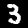
Digit: 3